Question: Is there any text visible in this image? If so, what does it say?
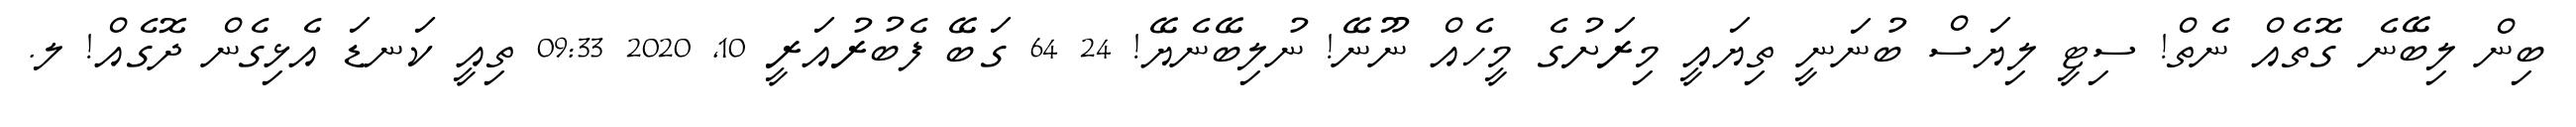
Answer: ބިން ލިބޭނެ ގޮތެއް ނެތް! ސިޓީ ލިޔަސް ބުނަނީ ތިޔައީ މިރަށުގެ މީހެއް ނޫނޭ! ނުލިބޭނެޔޭ! 24 64 ގަބޭ ފެބުރުއަރީ 10, 2020 09:33 ތިއީ ކަނޑަ އެޅިގެން ދޮގެއް! ލ.